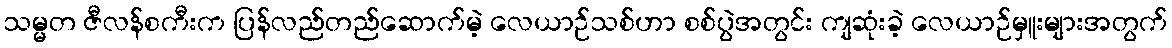
သမ္မတ ဇီလန်စကီးက ပြန်လည်တည်ဆောက်မဲ့ လေယာဉ်သစ်ဟာ စစ်ပွဲအတွင်း ကျဆုံးခဲ့ လေယာဉ်မှူးများအတွက်